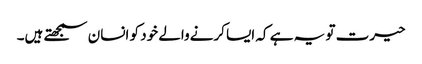
حیرت تو یہ ہے کہ ایسا کرنےوالے خود کو انسان سمجھتے ہیں۔